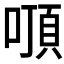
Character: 𠽒